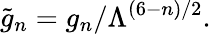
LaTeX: \tilde{g}_{n}=g_{n}/\Lambda^{(6-n)/2}.